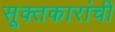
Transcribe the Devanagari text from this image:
सूक्तकारांची